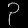
Digit: ၃